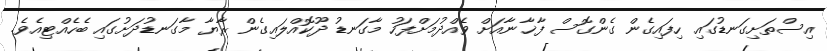
އިސްތަށިގަނޑުގައި ހިފައިގެން ގެންގޮސް ފާޚާނާއަށް ވެއްދުމަށްފަހު މާގަނޑު ދޫކޮއްލައިގެން ރާޔާ މާގަނޑުދަށުގައި ބެހެއްޓިއެވެ.